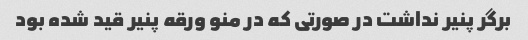
برگر پنیر نداشت در صورتی که در منو ورقه پنیر قید شده بود